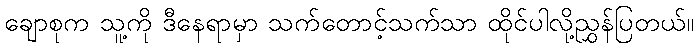
ချောစုက သူ့ကို ဒီနေရာမှာ သက်တောင့်သက်သာ ထိုင်ပါလို့ညွှန်ပြတယ်။